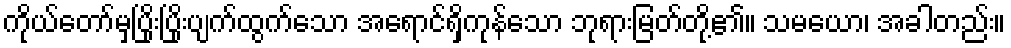
ကိုယ်တော်မှပြိုးပြိုးပျက်ထွက်သော အရောင်ရှိကုန်သော ဘုရားမြတ်တို့၏။ သမယော၊ အခါတည်း။